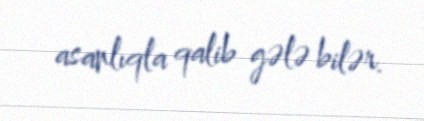
asanlıqla qalib gələ bilər.